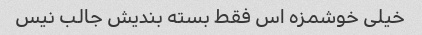
خیلی خوشمزه اس فقط بسته بندیش جالب نیس